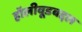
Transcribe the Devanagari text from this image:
हॉलीवूडबद्दल